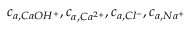
c _ { a , C a O H ^ { + } } , c _ { a , C a ^ { 2 + } } , c _ { a , C l ^ { - } } , c _ { a , N a ^ { + } }